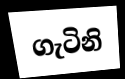
ගැටිනි